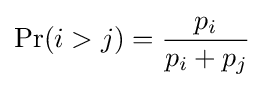
\Pr(i>j)={\frac {p_{i}}{p_{i}+p_{j}}}